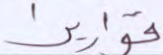
قواريرا